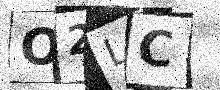
Text: O2LC